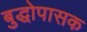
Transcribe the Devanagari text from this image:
बुद्धोपासक